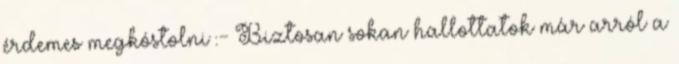
érdemes megkóstolni :- Biztosan sokan hallottatok már arról a